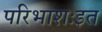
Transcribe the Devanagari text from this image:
परिभाशःइत